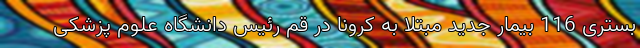
بستری 116 بیمار جدید مبتلا به کرونا در قم رئیس دانشگاه علوم پزشکی